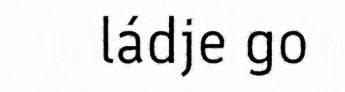
ládje go